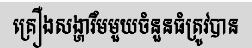
គ្រឿងសង្ហារឹមមួយចំនួនធំត្រូវបាន